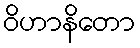
ဝိဟာနိတော